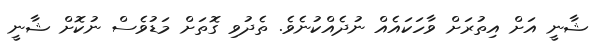
ޝާނީ އަށް އިތުރަށް ވާހަކައެއް ނުދެއްކުނެވެ. ތެދުވި ގޮތަށް މަޑުވެސް ނުކޮށް ޝާނީ